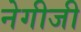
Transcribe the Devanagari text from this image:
नेगीजी